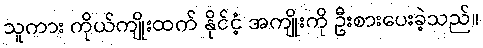
သူကား ကိုယ်ကျိုးထက် နိုင်ငံ့ အကျိုးကို ဦးစားပေးခဲ့သည်။